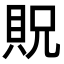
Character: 貺